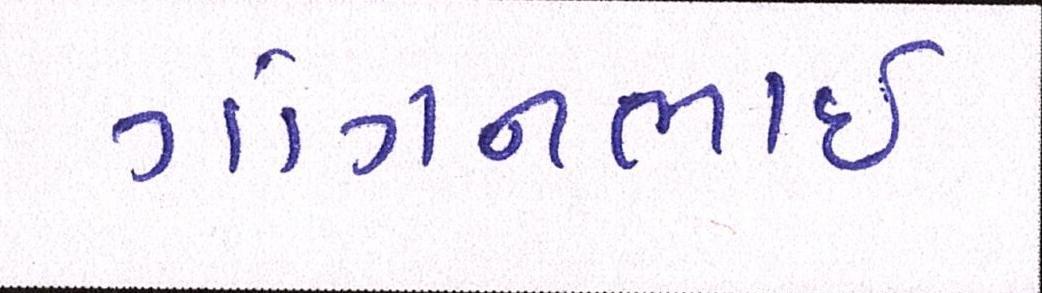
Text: ગોગનભાઇ